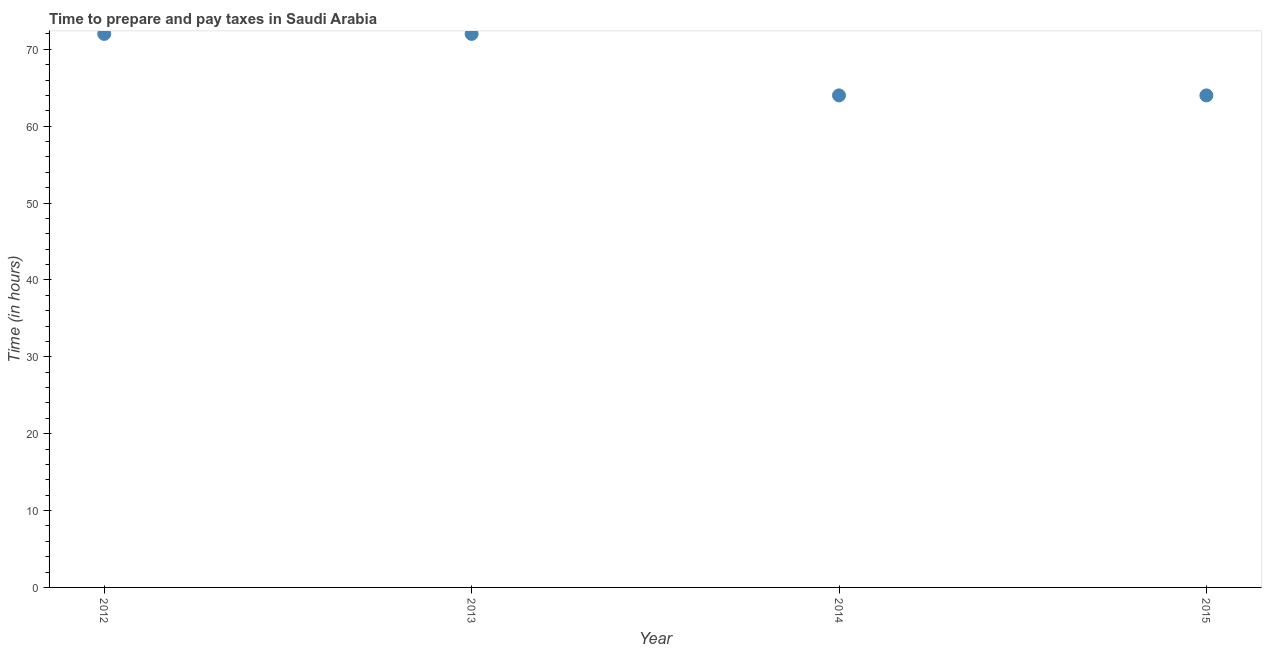
| Year | Time to prepare and pay taxes |
 | --- | --- |
 | 2012 | 72 |
 | 2013 | 72 |
 | 2014 | 64 |
 | 2015 | 64 |